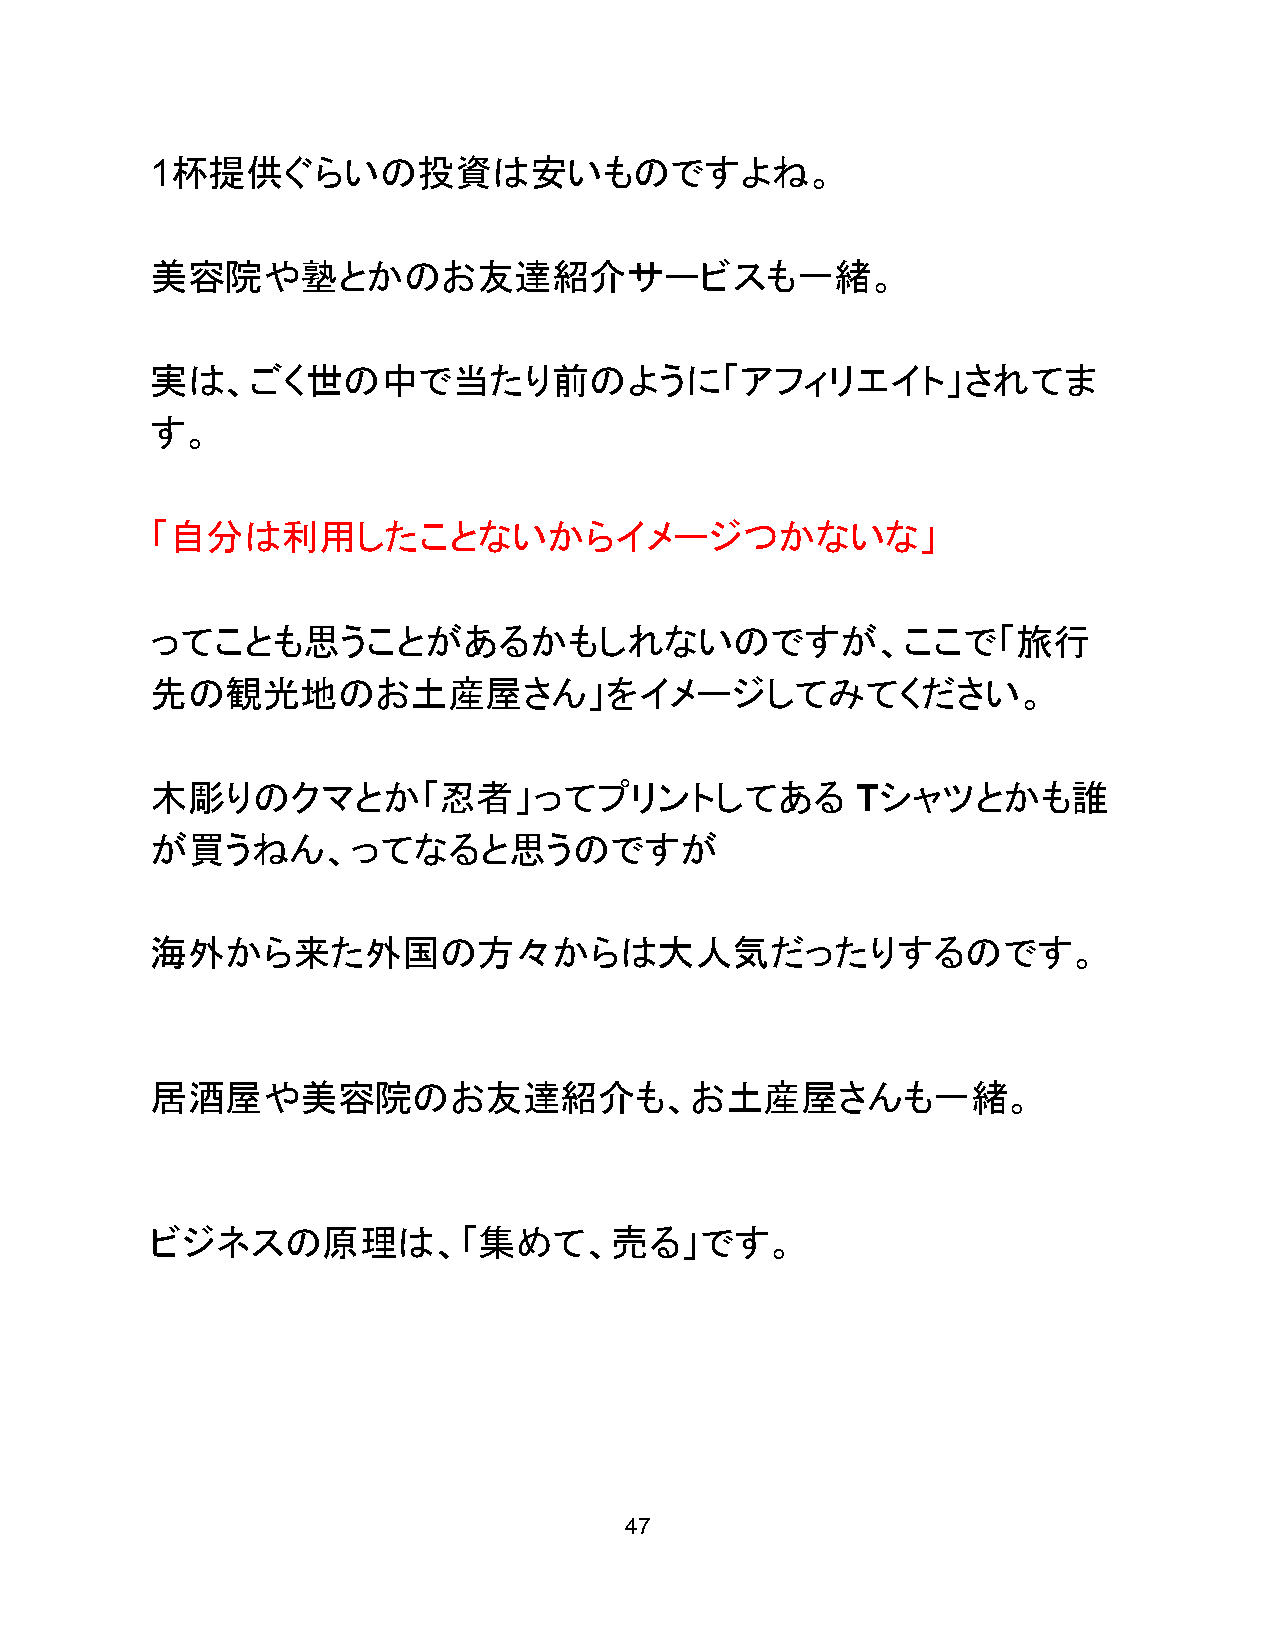
1杯提供ぐらいの投資は安いものですよね。
 美容院や塾とかのお友達紹介サービスも一緒。
 実は、ごく世の中で当たり前のように「アフィリエイト」されてま
 す。
 「自分は利用したことないからイメージつかないな」
 ってことも思うことがあるかもしれないのですが、ここで「旅行
 先の観光地のお土産屋さん」をイメージしてみてください。
 木彫りのクマとか「忍者」ってプリントしてある                         Tシャツとかも誰
 が買うねん、ってなると思うのですが
 海外から来た外国の方々からは大人気だったりするのです。
 居酒屋や美容院のお友達紹介も、お土産屋さんも一緒。
 ビジネスの原理は、「集めて、売る」です。
 47